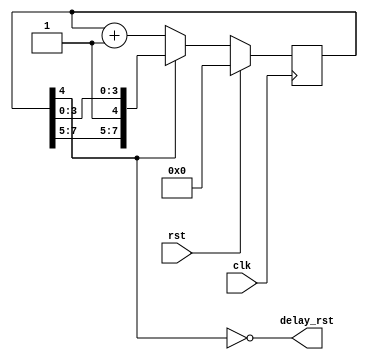
`timescale 1ns / 1ps
//////////////////////////////////////////////////////////////////////////////////
// Company: 
// Engineer: 
// 
// Design Name: 
// Module Name:    delay_unit 
// Project Name: 
// Target Devices: 
// Tool versions: 
// Description: 
//
// Dependencies: 
//
// Revision: 
// Revision 0.01 - File Created
// Additional Comments: 
//
//////////////////////////////////////////////////////////////////////////////////
module delay_unit(
		input clk,
		input rst,
		output delay_rst
    );

reg [7:0] rst_cnt;	 
	 
always@(posedge clk) begin
	if(rst)
		rst_cnt<=8'b0;
	else if(rst_cnt[4]==1'b0)
		rst_cnt<=rst_cnt+1'b1;
	else
		rst_cnt<=rst_cnt;
end

assign delay_rst = (~rst_cnt[4]);

endmodule